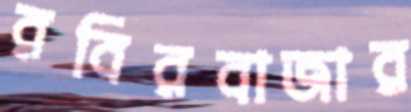
রবিরবাজার